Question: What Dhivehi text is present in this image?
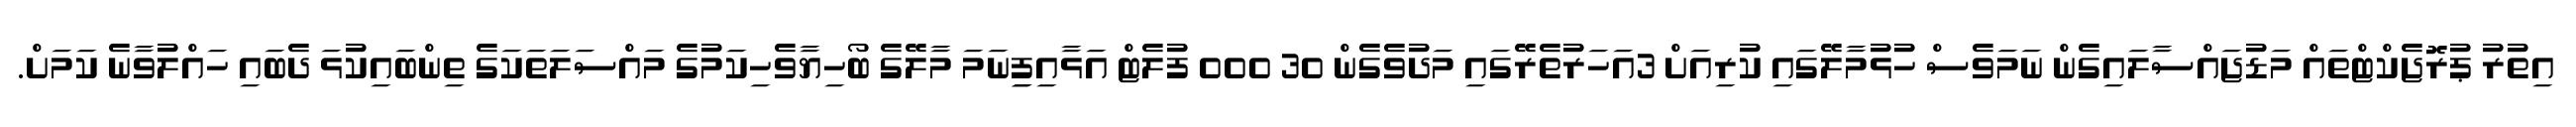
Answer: އިތުރު ޕުރޮޖެކްޓްތައް މަޑުޖައްސާލައިގެން ނަމަވެސް ހުޅުމާލޭގައި ކުރިއަށް 3އަހަރުތެރޭގައި މަދުވެގެން 30 000 ފުލެޓް އަޅާއިފިިނަމަ މާލޭގެ ބޯހިޔާވެހިކަމުގެ މައްސަލަތަކަގެ ތިންބައިކުޅަ ދެބައި ހައްލުވާނެ ކަމަށް.